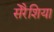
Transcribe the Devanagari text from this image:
सेरैशिया